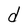
Character: d